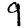
Digit: 9